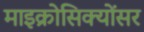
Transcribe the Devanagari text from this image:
माइक्रोसिक्योंसर